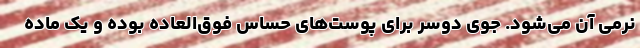
نرمی آن می‌شود. جوی دوسر برای پوست‌های حساس فوق‌العاده بوده و یک ماده